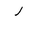
Letter: _ra